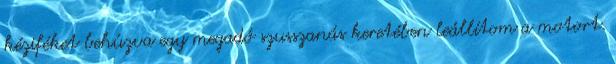
kéziféket behúzva egy megadó szusszanás keretében leállítom a motort.